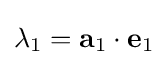
\lambda _{1}=\mathbf {a} _{1}\cdot \mathbf {e} _{1}